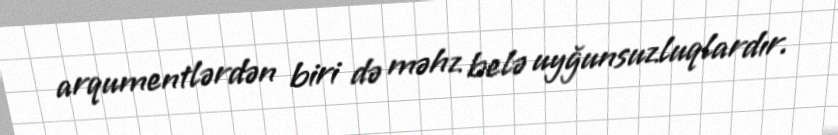
arqumentlərdən biri də məhz belə uyğunsuzluqlardır.